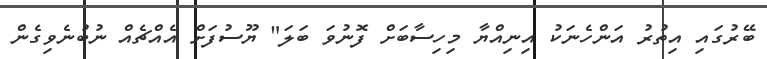
ބޭރުގައި އިތުރު އަންހެނަކު އިނިއްޔާ މިހިސާބަށް ފޮނުވަ ބަލަ" ޔޫސުފަށް އެއްޗެއް ނުބުނެވިގެން